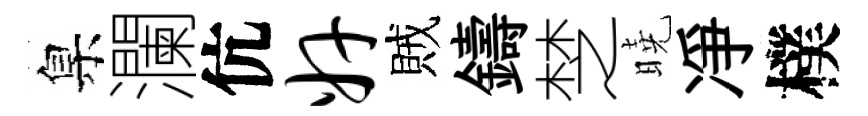
臬瀾伉奸賊鑄椘曉凈樸